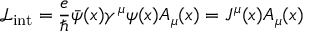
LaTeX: { \mathcal { L } } _ { \mathrm { i n t } } = { \frac { e } { \hbar } } { \bar { \psi } } ( x ) \gamma ^ { \mu } \psi ( x ) A _ { \mu } ( x ) = J ^ { \mu } ( x ) A _ { \mu } ( x )